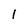
Character: l